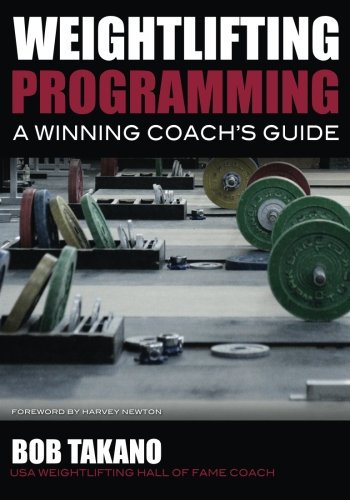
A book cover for Weightlifting Programming: A Winning Coach's Guide; Bob Takano; Health, Fitness & Dieting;